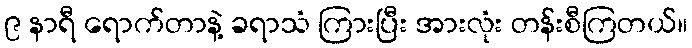
၉ နာရီ ရောက်တာနဲ့ ခရာသံ ကြားပြီး အားလုံး တန်းစီကြတယ်။